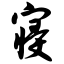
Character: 寝